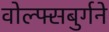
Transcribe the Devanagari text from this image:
वोल्फ्सबुर्गने